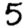
Digit: 5